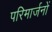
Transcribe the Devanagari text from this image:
परिमार्जनों